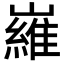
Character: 𡽰